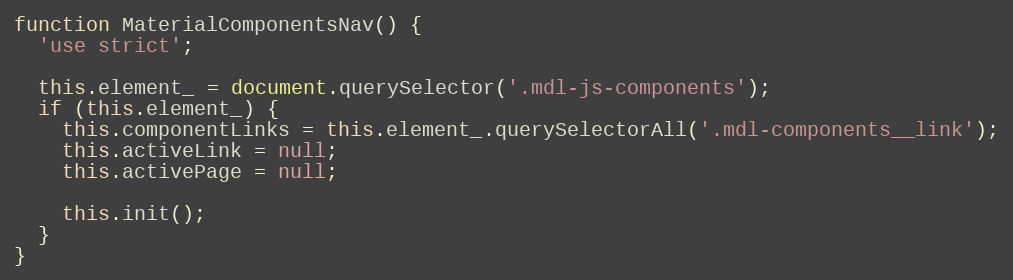
Language: JavaScript
function MaterialComponentsNav() {
  'use strict';

  this.element_ = document.querySelector('.mdl-js-components');
  if (this.element_) {
    this.componentLinks = this.element_.querySelectorAll('.mdl-components__link');
    this.activeLink = null;
    this.activePage = null;

    this.init();
  }
}